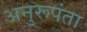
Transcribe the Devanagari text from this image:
अनुरूपंता